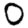
Digit: 0